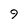
Character: 9